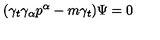
( \gamma _ { t } \gamma _ { \alpha } p ^ { \alpha } - m \gamma _ { t } ) \Psi = 0